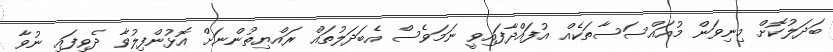
ބަދަލުކޮށް މިނިވަން މުއައްސަސާތަކެއް އުފައްދާފައިވީ ނަމަވެސް އެބަދަލުތައް ރައްޔިތުންނަށް އޮޅުންފިލުވާ ދެވިފައި ނުވާ